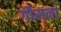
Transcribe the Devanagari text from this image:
गौसना